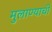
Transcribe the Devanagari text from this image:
मुलाण्याची